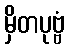
မှိတပုဗ္ဗံ